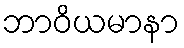
ဘာဝိယမာနာ